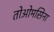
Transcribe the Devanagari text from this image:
तोओमसिना